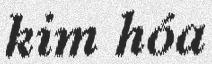
kim hóa